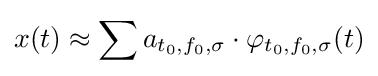
x(t)\approx \sum a_{t_{0},f_{0},\sigma }\cdot \varphi _{t_{0},f_{0},\sigma }(t)